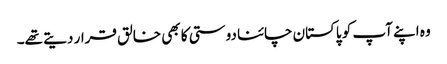
وہ اپنے آپ کو پاکستان چائنا دوستی کا بھی خالق قرار دیتے تھے۔